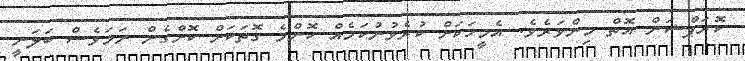
ކޮރަޕްޝަން އޮތް މިންވަރެވެ. އެމީހަކަށް ކުރެވުނުކަމެއް ކޮންމެ ގޮތަކަށް ކޮށްގެން ނަމަވެސް ބަލަނީ